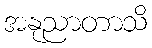
အနုညာတာသိ